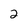
Character: 2